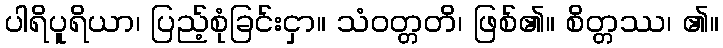
ပါရိပူရိယာ၊ ပြည့်စုံခြင်းငှာ။ သံဝတ္တတိ၊ ဖြစ်၏။ စိတ္တဿ၊ ၏။